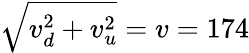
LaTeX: \sqrt{v_{d}^{2}+v_{u}^{2}}=v=174